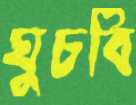
ঘুচবি